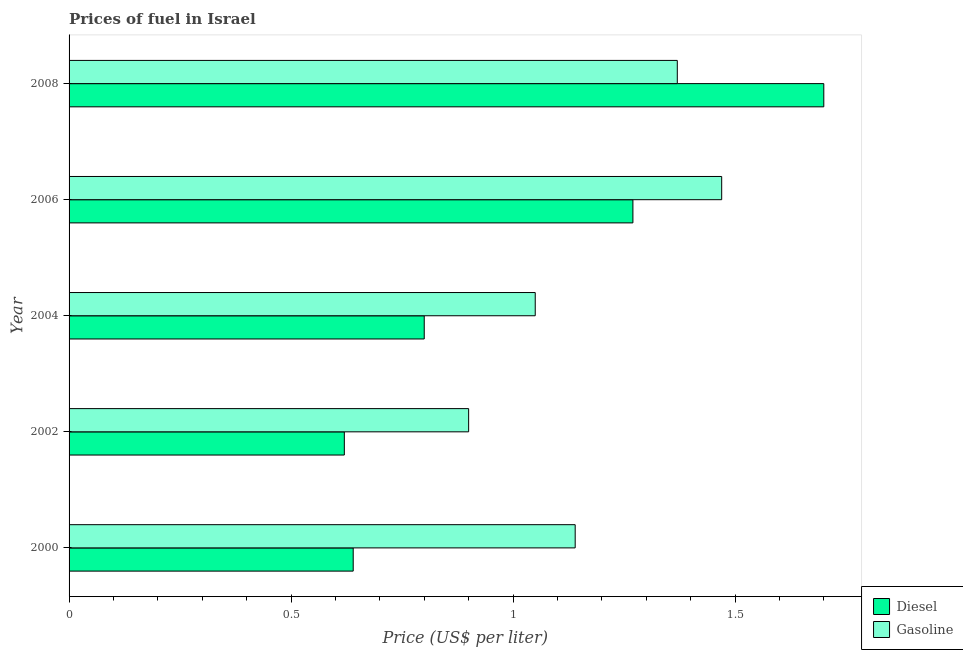
| Year | Diesel | Gasoline |
 | --- | --- | --- |
 | 2000 | 0.64 | 1.14 |
 | 2002 | 0.62 | 0.9 |
 | 2004 | 0.8 | 1.05 |
 | 2006 | 1.27 | 1.47 |
 | 2008 | 1.7 | 1.37 |